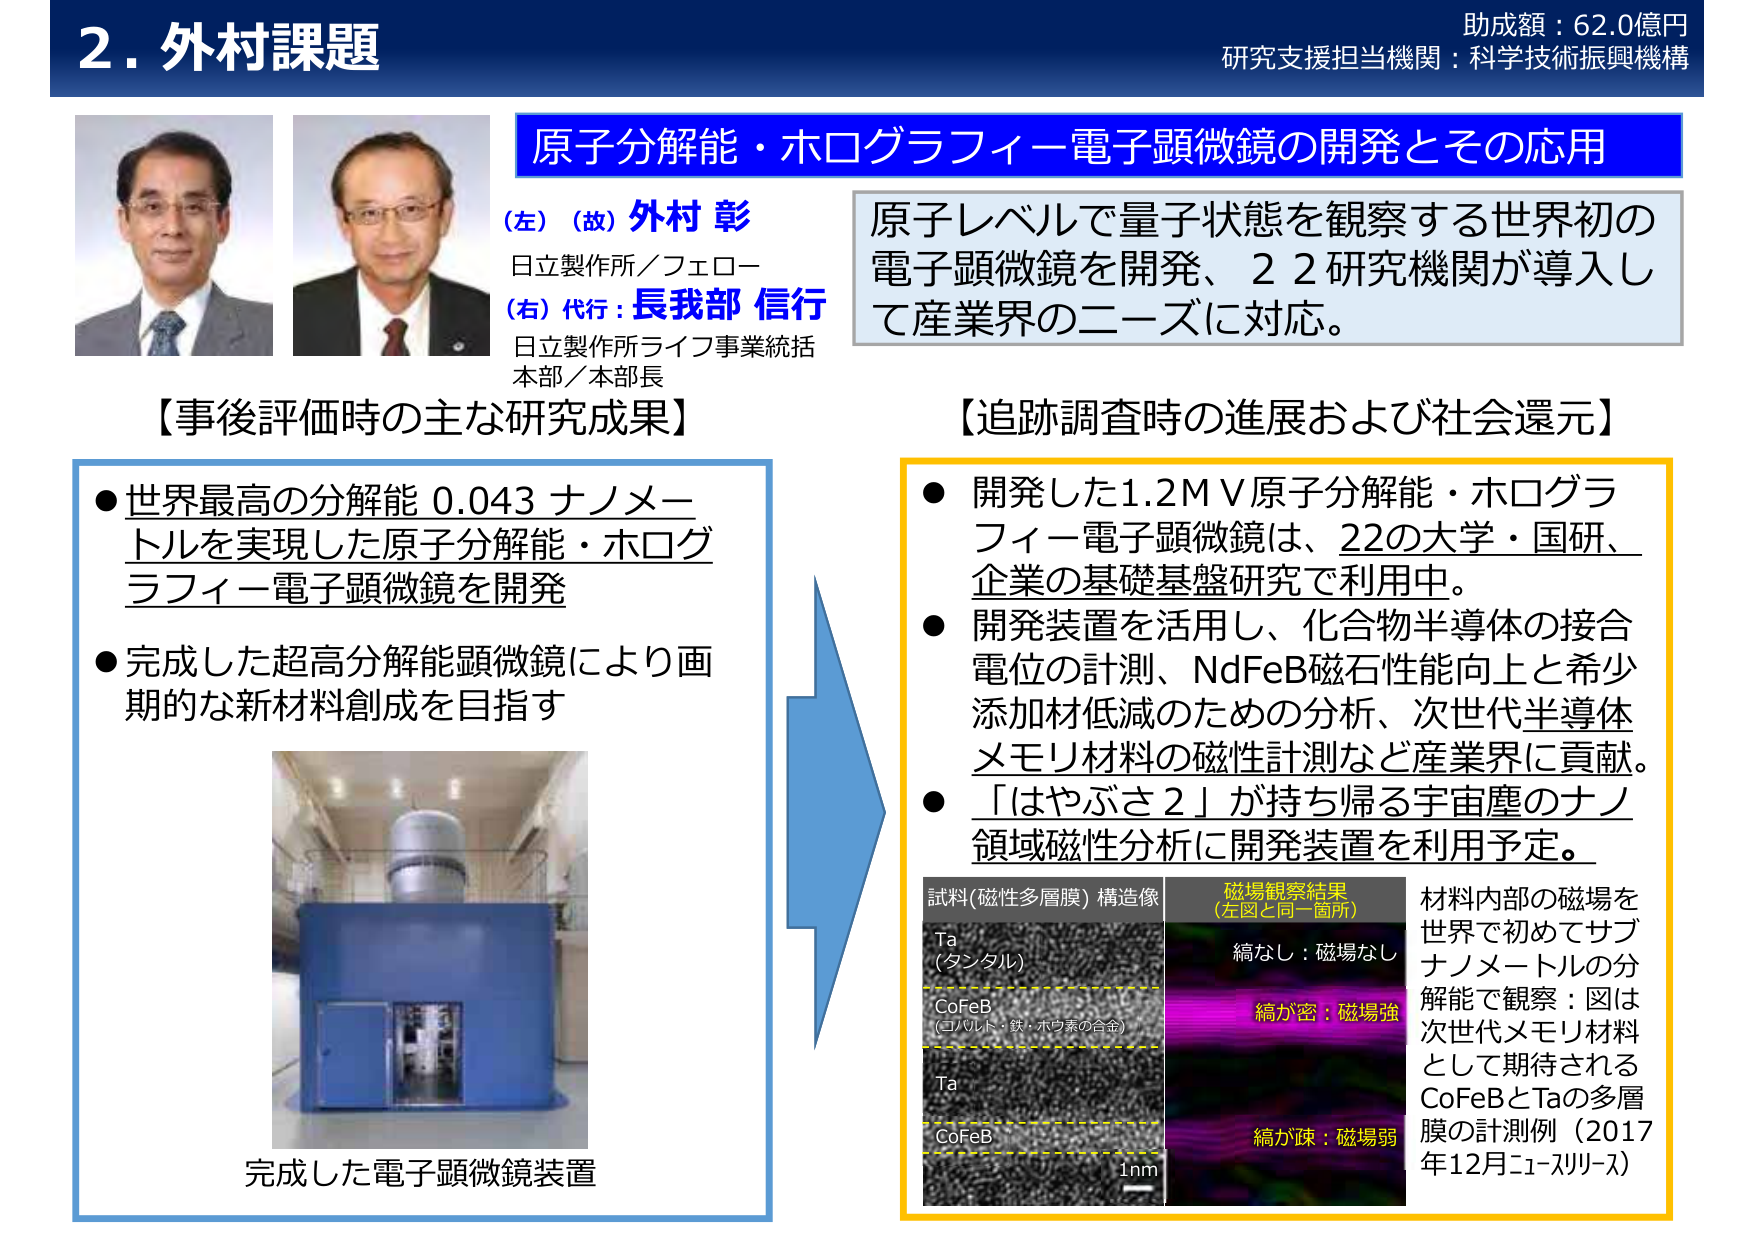
2. 外村課題
助成額：62.0億円
研究支援担当機関：科学技術振興機構

原子分解能・ホログラフィー電子顕微鏡の開発とその応用

（左）（故）外村 彰
日立製作所／フェロー
（右）代行：長我部 信行
日立製作所ライフ事業統括本部／本部長

原子レベルで量子状態を観察する世界初の電子顕微鏡を開発、22研究機関が導入して産業界のニーズに対応。

【事後評価時の主な研究成果】
● 世界最高の分解能 0.043 ナノメートルを実現した原子分解能・ホログラフィー電子顕微鏡を開発
● 完成した超高分解能顕微鏡により画期的な新材料創成を目指す

完成した電子顕微鏡装置

【追跡調査時の進展および社会還元】
● 開発した1.2MV原子分解能・ホログラフィー電子顕微鏡は、22の大学・国研、企業の基礎基盤研究で利用中。
● 開発装置を活用し、化合物半導体の接合電位の計測、NdFeB磁石性能向上と希少添加材低減のための分析、次世代半導体メモリ材料の磁性計測など産業界に貢献。
● 「はやぶさ2」が持ち帰る宇宙塵のナノ領域磁性分析に開発装置を利用予定。

試料(磁性多層膜) 構造像
Ta（タンタル）
CoFeB（コバルト・鉄・ボウ素の合金）
Ta
CoFeB
1nm

磁場観察結果（左図と同一箇所）
縞なし：磁場なし
縞が密：磁場強
縞が疎：磁場弱

材料内部の磁場を世界で初めてサブナノメートルの分解能で観察：図は次世代メモリ材料として期待されるCoFeBとTaの多層膜の計測例（2017年12月ニュースリリース）